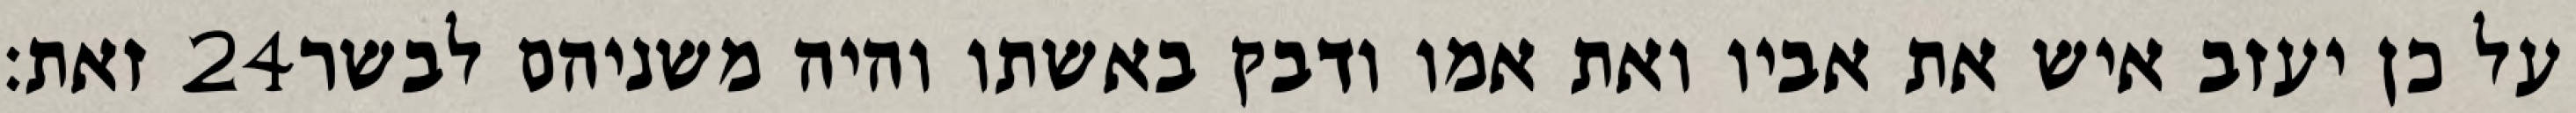
זאת׃ ‎24‏ על כן יעזב איש את אביו ואת אמו ודבק באשתו והיה משניהם לבשר